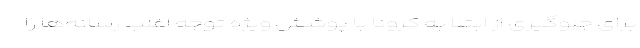
برای جلوگیری از ابتلا به کرونا با پوشش ویژه توجه اغلب رسانه‌ها را